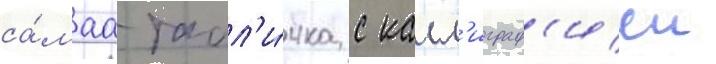
са́маа табл'и́чка с калл'играф'иеи